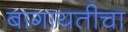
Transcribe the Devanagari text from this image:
बागायतीचा